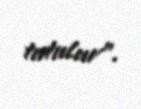
tutulur”.